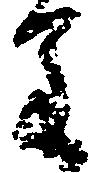
進